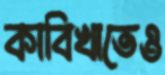
কাবিখাতেও